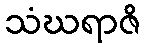
သံဃရာဇိ